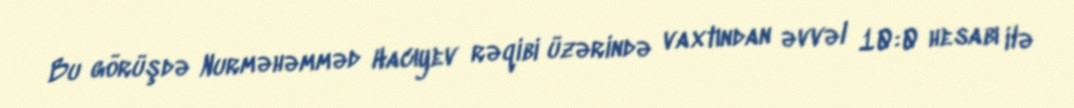
Bu görüşdə Nurməhəmməd Hacıyev rəqibi üzərində vaxtından əvvəl 10:0 hesabı ilə